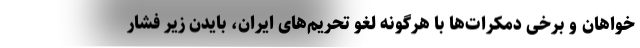
خواهان و برخی دمکرات‌ها با هرگونه لغو تحریم‌های ایران، بایدن زیر فشار